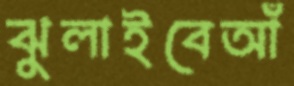
ঝুলাইবেআঁ